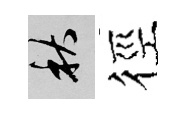
秋徑